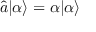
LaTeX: { \hat { a } } | \alpha \rangle = \alpha | \alpha \rangle